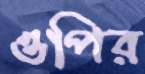
ওপির